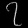
Digit: ၇